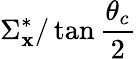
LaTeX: \Sigma_{\mathbf{x}}^{*}/\tan\frac{{\theta_{c}}}{{2}}